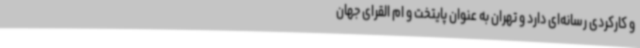
و کارکردی رسانه‌ای دارد و تهران به عنوان پایتخت و ام القرای جهان